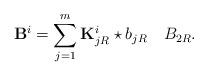
LaTeX: \begin{align*}\mathbf{B}^i=\sum_{j=1}^{m}\mathbf{K}_{jR}^i\star b_{jR}~~~B_{2R}.\end{align*}